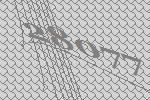
28077